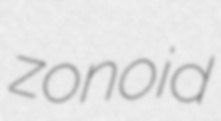
zonoid